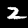
Label: 2